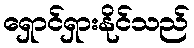
ရှောင်ရှားနိုင်သည်